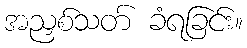
အညှစ်သတ် ခံရခြင်း။